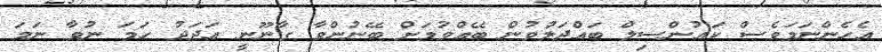
އެހެންނަމަވެސް ކައުންސިލް ބައްދަލުވުން ބޭއްވުމަށް ބޭނުންވާ ގާނޫނީ އަދަދުު ހަމަ ނުވާ ނަމަ